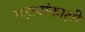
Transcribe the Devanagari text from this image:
महत्वांकाक्षी